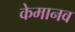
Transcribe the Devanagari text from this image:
केमानव